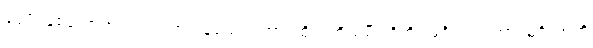
ဒွေပိ၊ နှစ်ယောက်လည်းဖြစ်ကုန်သော။ တာ၊ ထိုသတို့သမီးတို့ကို။ မင်္ဂလံ ကတွာ၊ မင်္ဂလာကို